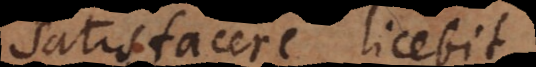
satisfacere licebit